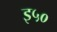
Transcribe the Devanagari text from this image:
इ५०